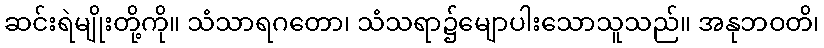
ဆင်းရဲမျိုးတို့ကို။ သံသာရဂတော၊ သံသရာ၌မျောပါးသောသူသည်။ အနုဘဝတိ၊